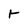
Character: r